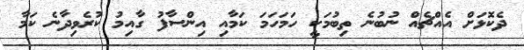
ދެކޮޅަށް އެއްޗެއް ނުބުނެ ތިބުމަކީ ހަމަހަމަ ކަމާއި އިންސާފު ގާއިމު ކުރެވިިދާނެ ކަމާ